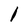
Character: l